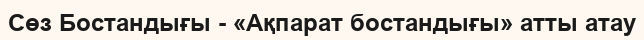
Сөз Бостандығы - «Ақпарат бостандығы» атты атау